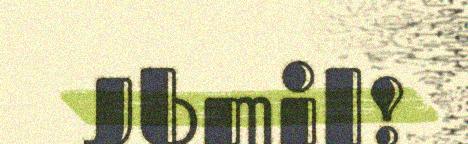
Jbmil!